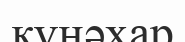
күнәхар